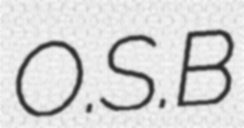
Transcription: O.S.B